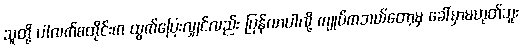
သူတို့ ပါလက်စတိုင်းက ထွက်ပြေးလျှင်လည်း ပြန်လာပါလို့ ကျုပ်ကဘယ်တော့မှ ခေါ်မှာမဟုတ်ဘူး